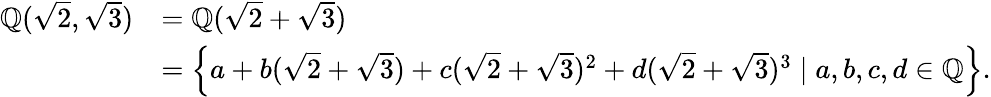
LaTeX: {\begin{array}{rl}{\mathbb{Q}({\sqrt{2}},{\sqrt{3}})}&{=\mathbb{Q}({\sqrt{2}}+{\sqrt{3}})}\\ &{=\left\{ a+b({\sqrt{2}}+{\sqrt{3}})+c({\sqrt{2}}+{\sqrt{3}})^{2}+d({\sqrt{2}}+{\sqrt{3}})^{3}\mid a,b,c,d\in\mathbb{Q}\right\} .}\end{array}}